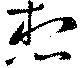
想